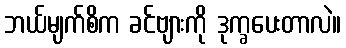
ဘယ်မျက်စိက ခင်ဗျားကို ဒုက္ခပေးတာလဲ။